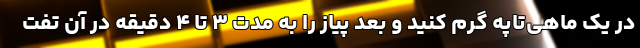
در یک ماهی‌تاپه گرم کنید و بعد پیاز را به مدت ۳ تا ۴ دقیقه در آن تفت